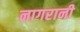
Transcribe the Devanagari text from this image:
नागरानी